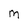
Character: M